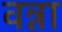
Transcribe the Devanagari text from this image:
वन्ना